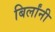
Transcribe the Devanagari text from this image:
बिर्लांनी